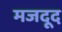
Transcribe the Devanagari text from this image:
मजदूद